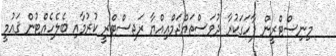
މިނިސްޓްރީން ފާހަގަކުރާ ދުވަސްތައްޖަމްޢިއްޔާ ރަޖިސްޓްރީ ކުރުމާއި ބެލެހެއްޓުން ޤައުމީ